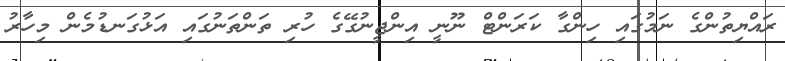
ރައްޔިތުންގެ ނަމުގައި ހިންގާ ކަރަންޓް ނޫނީ އިންޖީނުގޭގެ ހުރި ތަންތަނުގައި އަޅުގަނޑުމެން މިހާރު